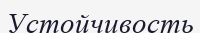
Устойчивость